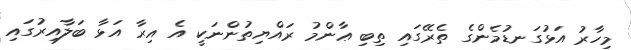
މިހާރު އަޅުގަނޑުމެންގެ ތެރޭގައި ތިބި ޢާންމު ރައްޔިތުންނަކީ އެ އިރާ އަޅާ ބަލާއިރުގައި